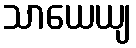
သာယေယျ